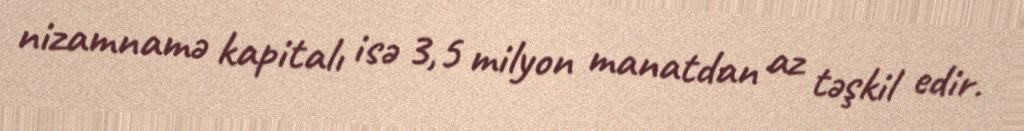
nizamnamə kapitalı isə 3,5 milyon manatdan az təşkil edir.